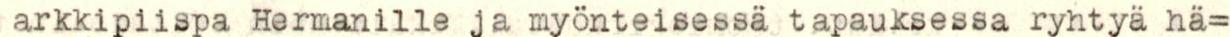
arkkipiispa Hermanille ja myönteisessä tapauksessa ryhtyä hä=